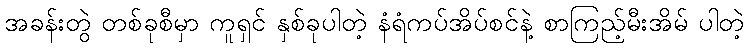
အခန်းတွဲ တစ်ခုစီမှာ ကူရှင် နှစ်ခုပါတဲ့ နံရံကပ်အိပ်စင်နဲ့ စာကြည့်မီးအိမ် ပါတဲ့